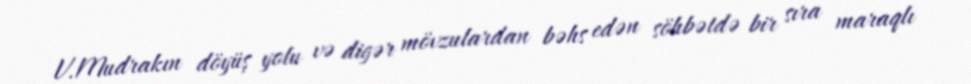
V.Mudrakın döyüş yolu və digər mövzulardan bəhs edən söhbətdə bir sıra maraqlı